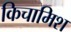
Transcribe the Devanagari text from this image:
किचामिश